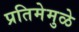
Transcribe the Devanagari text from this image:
प्रतिमेमुळे